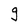
Character: g